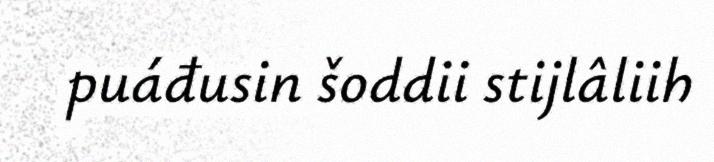
puáđusin šoddii stijlâliih